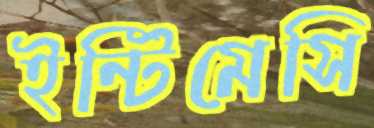
ইন্টিমেসি